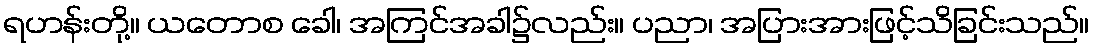
ရဟန်းတို့။ ယတောစ ခေါ၊ အကြင်အခါ၌လည်း။ ပညာ၊ အပြားအားဖြင့်သိခြင်းသည်။